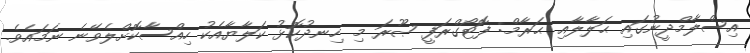
އިސްލާމްދީނުގައި ޙަލާލާއި ޙަރާމް: ފޮޓޯގްރަފީ ޞޫރަ މި ހިނދުކޮޅު ކަލާޔާއެކު ހިއްސާކޮށްލެވޭނެ ނަމައެވެ.